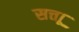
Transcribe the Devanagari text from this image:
सत्ताू